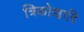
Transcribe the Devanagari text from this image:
त्रिकोणादि